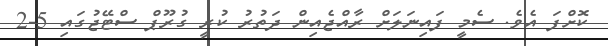
ކޮށްފަ އެވެ. ސެމީ ފައިނަލަށް ރާއްޖެއިން ދަތުރު ކުރީ ގުރޫޕް ސްޓޭޖުގައި 5-2